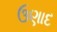
ઉણાદ